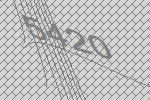
5420